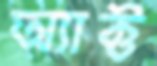
অ্যাক্ট